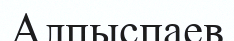
Алпыспаев